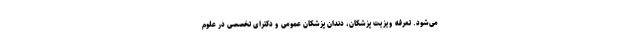
می‌شود. تعرفه ویزیت پزشکان، دندان پزشکان عمومی و دکترای تخصصی در علوم